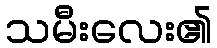
သမီးလေး၏